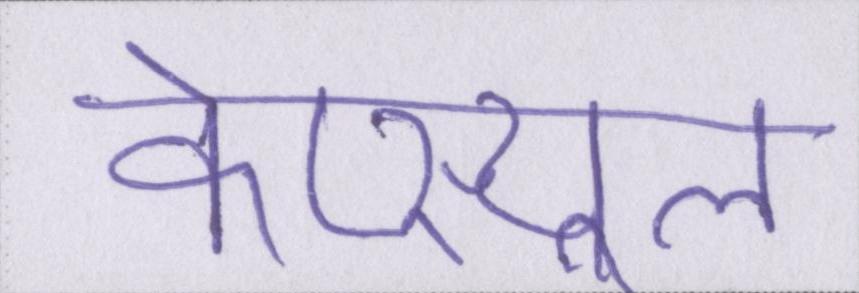
केप्स्यूल